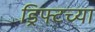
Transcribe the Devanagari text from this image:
ड्रिफ्टच्या